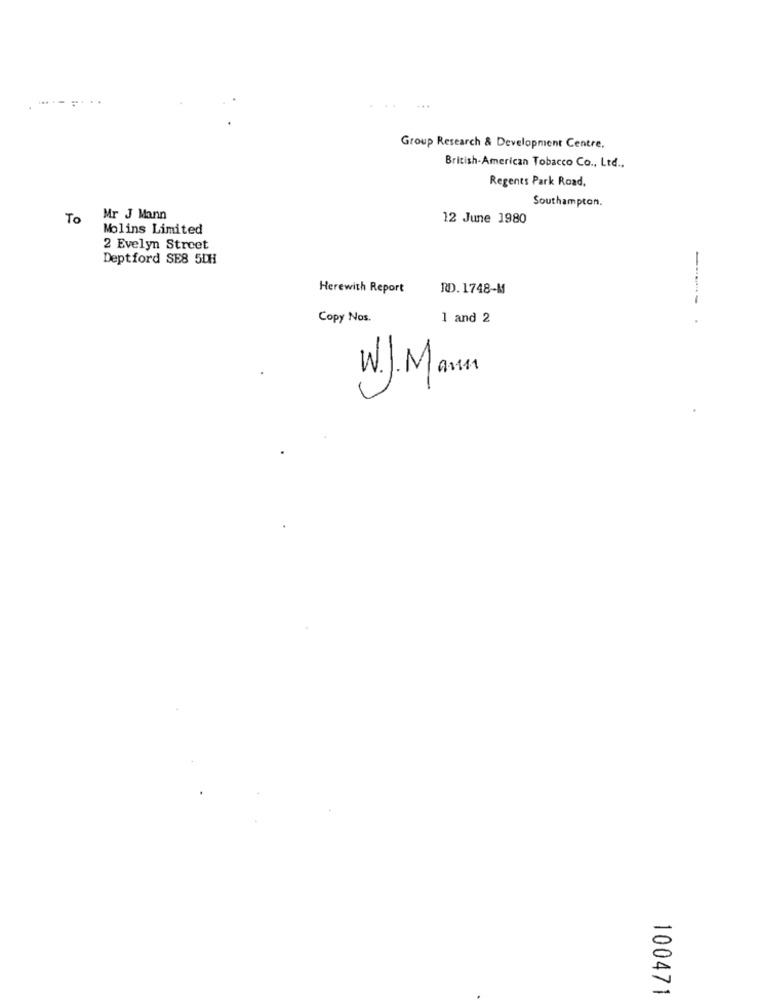
...
Group Research & Development Centre.
British-American Tobacco Co ., Ltd ..
Regents Park Road,
Southampton.
To
Mr J Mann
12 June 1980
Molins Limited
2 Evelyn Street
Deptford SE8 5DH
Herewith Report
RD. 1748-M
Copy Nos.
1 and 2
W.J. Mann
100471